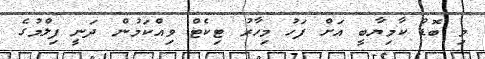
މި ބޮޑު ކާމިޔާބީ އަށް ފަހު މިހާރު ޓިކެޓް ވިއްކަމުން ދަނީ ފިލްމުގެ